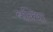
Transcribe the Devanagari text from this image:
बक्शि